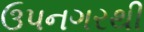
ઉપનગરથી